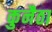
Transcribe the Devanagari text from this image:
कुनैठा